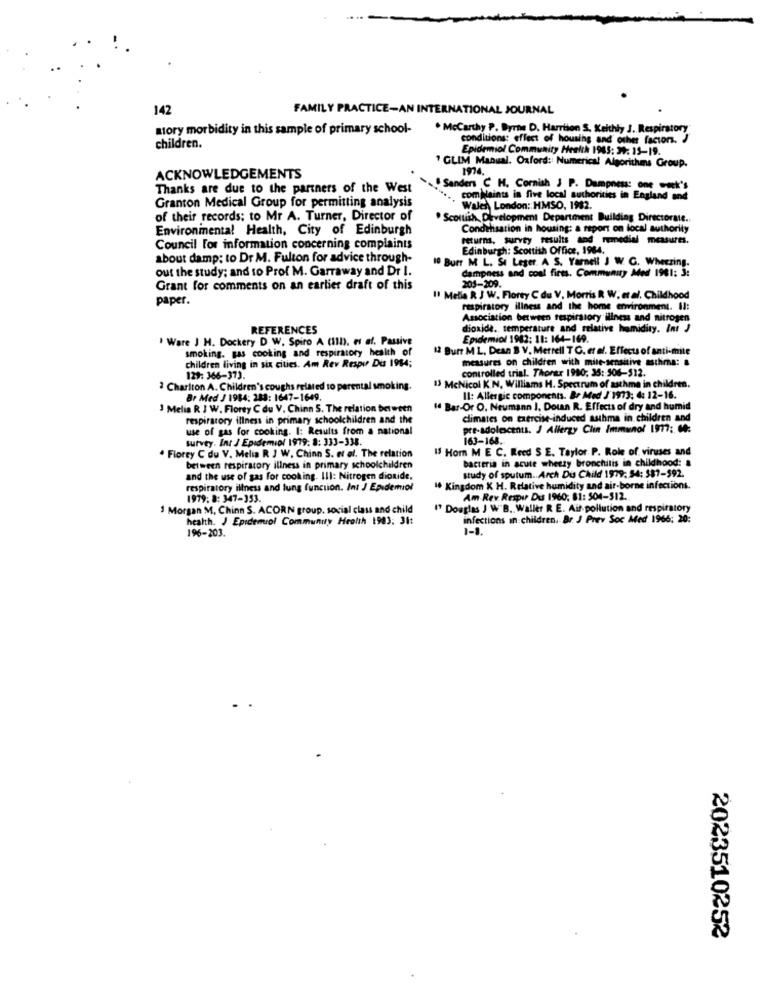
142
FAMILY PRACTICE-AN INTERNATIONAL JOURNAL
atory morbidity in this sample of primary school-
. Mccarthy P. Byrne D. Harrtion S. Keithly J. Respiratory
conditions: effect of housing and other factors. J
children.
Epidemiol Community Health 1985: 39: 19-19.
" GLIM Manual. Oxford: Numerical Algorithms Group.
1974.
ACKNOWLEDGEMENTS
Thanks are due to the partners of the West
Sanders C H. Cornish , P. Dampness: one week's
complaints in five local authorities in England and
Granton Medical Group for permitting analysis
Wales London: HMSO, 1982.
of their records; to Mr A. Turner, Director of
. Scottish, Development Department Building Directorate ..
Environmental Health, City of Edinburgh
Condensation in housing: a report on local authority
returns, survey results and remedial measures.
Council For information concerning complaints
Edinburgh: Scottish Office, 1984.
about damp: to Dr M. Fulton for advice through-
10 Burr M L. SI Leger. A S. Yarnell J W. C. Wheezing.
out the study; and to Prof M. Garraway and Dr I.
dampness and coal fires. Community Med 1981: 3:
205-209.
Grant for comments on an earlier draft of this
paper.
Il Melia R J W. Florty C du V. Morris R W. et al. Childhood
respiratory illness and the home environment. Il:
Association between respiratory illness and nitrogen
REFERENCES
dioxide. temperature and relative humidity. Int J
' Ware J H. Dockery D W. Spiro A (III). es af. Passive
Epidemiol 1982: 11: 164-169.
smoking. gas cooking and respiratory health of
12 Burr ML, Dean B V. Merrell T C. et al. Effects of anti-mile
measures on children with mite-sensitive asthma: &
children living in six cities. Am Rev Respu Du 1984;
129: 366-373.
controlled trial. Thorax 1990; 35: 506-312.
2 Charlton A. Children's coughs related to perental smoking.
13 McNicol K'N, Williams H. Spectrum of asthma in children.
Br Med J 1984: 283: 1647-1649.
Il: Allergic components. Br Med J 1973: 4: 12-16.
3 Melia R J W. Florey C du V. Chinn S. The relation between
I Bar-Or O. Neumann ), Doun R. Effects of dry and humid
respiratory illness in primary schoolchildren and the
climates on exercise-induced sushma in children and
use of gas for cooking. I: Results from a national
pre-adolescents. J Allergy Clin Immunol 1977: 60:
survey. Int J Epidemiol 1979. 8: 333-338.
163-168.
. Florey C du V. Melia R J W. Chinn S. et al. The relation
15 Hom M E C. Reed S E. Taylor P. Role of viruses and
bacteria in acute wheezy bronchitis in childhood: &
between respiratory illness in primary schoolchildren
and the use of gas for cooking. Ill: Nitrogen dioxide,
study of sputum .. Arch Du Child 1979: 54: 387-592.
respiratory illness and lung function. Int J Epidemiol
1 Kingdom X H. Relative humidity and air-borne infections.
1979; 8: 347-353.
Am Rev Respue Du 1960, 81: 504-512.
1 Morgan M. Chinn S. ACORN group, social class and child
17 Douglas J W"B. Waller R E. Air pollution and respiratory
health. J Epidemiol Community Health 1983: 31:
infections in children. Br. J Prev Soc Med 1966: 20:
196-203.
1-1.
2023510252